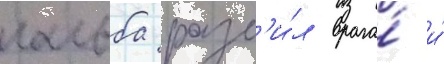
гальба разб'и́л врага́ и́